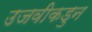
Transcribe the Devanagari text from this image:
उजवीकडुन